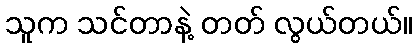
သူက သင်တာနဲ့ တတ် လွယ်တယ်။